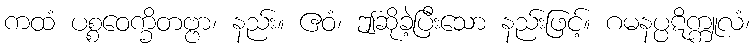
ကထံ ပစ္စဝေက္ခိတဗ္ဗာ၊ နည်း။ ဧဝံ၊ ဤဆိုခဲ့ပြီးသော နည်းဖြင့်။ ဂမနပ္ပဋိက္ကူလံ၊